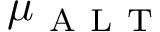
\mu _ { \mathrm { ~ A ~ L ~ T ~ } }